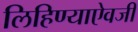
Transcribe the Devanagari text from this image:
लिहिण्याऐवजी